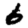
Digit: 6